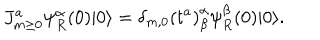
J _ { m \ge 0 } ^ { a } \psi _ { R } ^ { \alpha } ( 0 ) | 0 \rangle = \delta _ { m , 0 } \left( t ^ { a } \right) _ { \beta } ^ { \alpha } \psi _ { R } ^ { \beta } ( 0 ) | 0 \rangle .